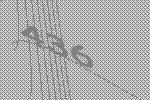
436